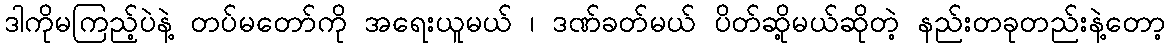
ဒါကိုမကြည့်ပဲနဲ့ တပ်မတော်ကို အရေးယူမယ် ၊ ဒဏ်ခတ်မယ် ပိတ်ဆို့မယ်ဆိုတဲ့ နည်းတခုတည်းနဲ့တော့